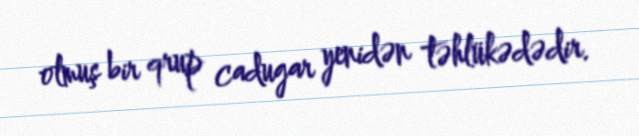
olmuş bir qrup cadugar yenidən təhlükədədir.